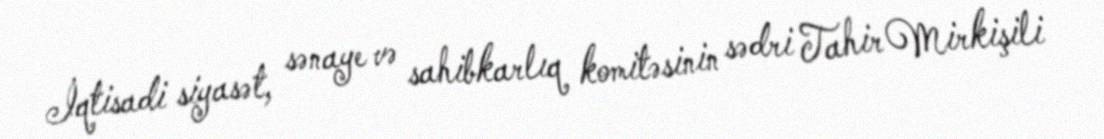
İqtisadi siyasət, sənaye və sahibkarlıq komitəsinin sədri Tahir Mirkişili